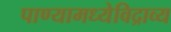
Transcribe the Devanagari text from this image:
पाण्यामध्येविद्राव्य